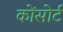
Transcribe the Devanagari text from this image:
कोंसोर्ट